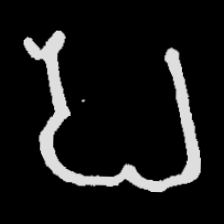
Pyu character \u2014 Myanmar letter: ပ (romanized: pa)